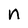
Character: n